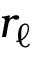
r _ { \ell }